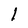
Character: l